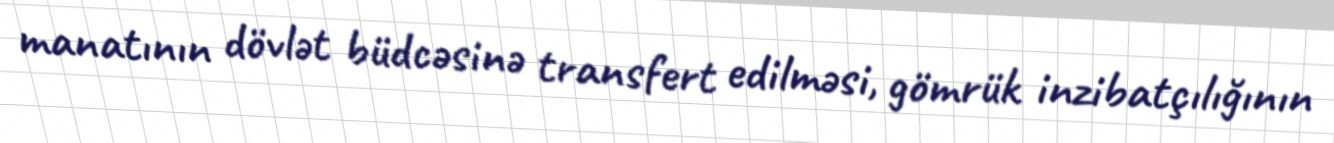
manatının dövlət büdcəsinə transfert edilməsi, gömrük inzibatçılığının